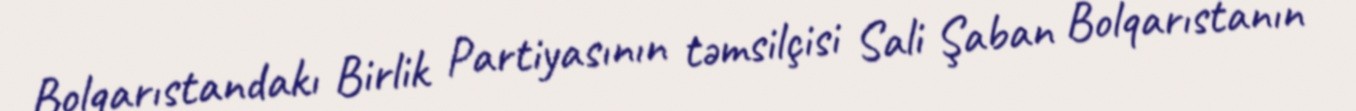
Bolqarıstandakı Birlik Partiyasının təmsilçisi Sali Şaban Bolqarıstanın